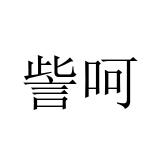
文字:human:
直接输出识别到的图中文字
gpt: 訾呵